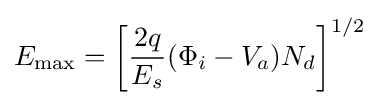
E_{\mathrm {max} }=\left[{\frac {2q}{E_{s}}}(\Phi _{i}-V_{a})N_{d}\right]^{1/2}